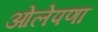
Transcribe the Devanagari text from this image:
ओलेपणा